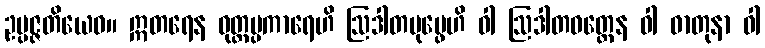
ဥပ္ပဇ္ဇတိယေဝ။ ဣတရေန ဝုတ္တပ္ပကာရေဟိ ဩဒါတပုပ္ဖေဟိ ဝါ ဩဒါတဝတ္ထေန ဝါ ဓာတုနာ ဝါ